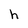
Character: h